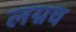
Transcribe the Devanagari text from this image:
लग्नच